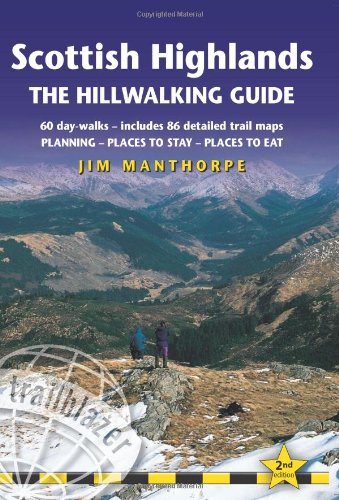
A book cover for Scottish Highlands - The Hillwalking Guide, 2nd: 60 day-walks with accommodation guide (British Walking Guide Scottish Highland The Hillwalking Guide: Planning, Placest to Stay,); Jim Manthorpe; Travel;